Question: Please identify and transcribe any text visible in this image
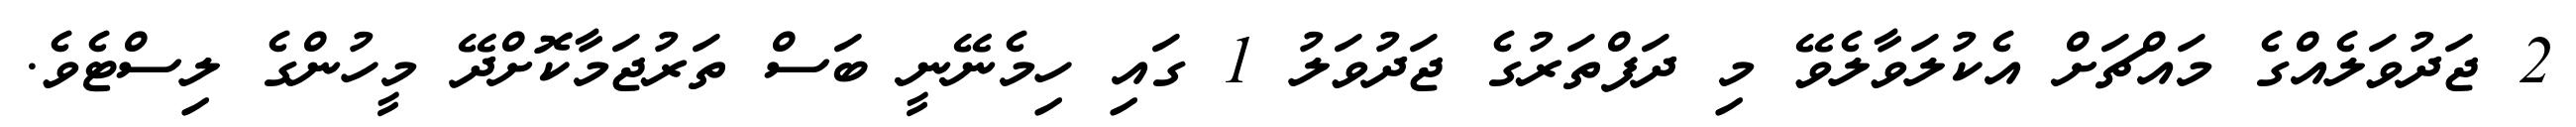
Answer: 2 ޖަދުވަލެއްގެ މައްޗަށް އެކުލަވާލެވޭ މި ދަފްތަރުގެ ޖަދުވަލު 1 ގައި ހިމެނޭނީ ބަސް ތަރުޖަމާކޮށްދޭ މީހުންގެ ލިސްޓެވެ.